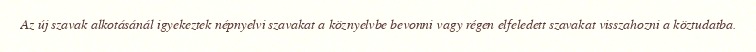
Az új szavak alkotásánál igyekeztek népnyelvi szavakat a köznyelvbe bevonni vagy régen elfeledett szavakat visszahozni a köztudatba.